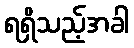
ရရှိသည့်အခါ